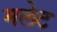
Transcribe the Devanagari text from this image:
मलेट